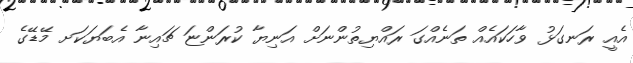
އެއީ ރަނގަޅު ވާހަކައެއް ތަނެއްގަ ރައްޔިތުންނަށް އަނިޔާ ކުރަންޏަ ޗައިނާ އެބަޔަކަށ މޭޑޭގެ